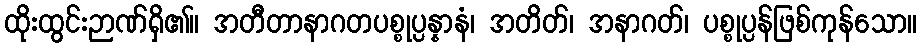
ထိုးထွင်းဉာဏ်ရှိ၏။ အတီတာနာဂတပစ္စုပ္ပန္နာနံ၊ အတိတ်၊ အနာဂတ်၊ ပစ္စုပ္ပန်ဖြစ်ကုန်သော။